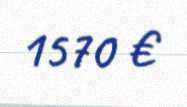
1570 €